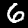
Label: 6